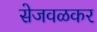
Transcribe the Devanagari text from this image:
सेजवळकर